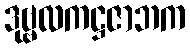
ဒုဗ္ဗလကဋ္ဌဇာဘက